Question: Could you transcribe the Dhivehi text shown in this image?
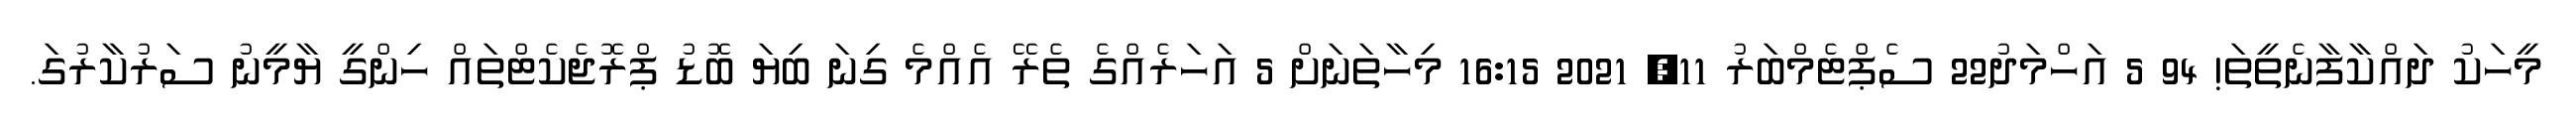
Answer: މީހަކު ދައްކާފާނެތީތަ! 94 5 އަހްމަދު22 ސެޕްޓެމްބަރު 11, 2021 16:15 މިހާތަނަށް 5 އަހަރެއްގެ ތެރޭ އެއްމެ ގިނަ ބިޔަ ބޮޑު ޕްރޮޖެކެޓްތައް ހިންގީ ޔާމީނު ސަރުކާރުގަ.